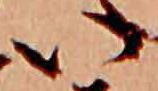
い